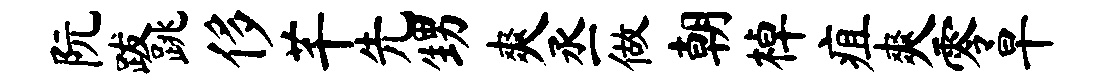
阮跋跳侈芊先甥爽丞做朝棹疽爽零旱